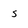
Character: s